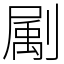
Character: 㔉